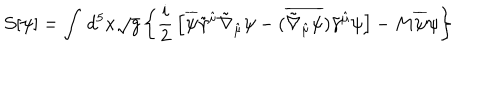
{ \cal S } [ \psi ] = \int \, d ^ { 5 } x \sqrt { g } \left\{ \frac { i } { 2 } \, \left[ \overline { { { \psi } } } \tilde { \gamma } ^ { \hat { \mu } } \tilde { \nabla } _ { \hat { \mu } } \psi - ( \overline { { { \tilde { \nabla } _ { \hat { \mu } } \psi } } } ) \tilde { \gamma } ^ { \hat { \mu } } \psi \right] - M \overline { { { \psi } } } \psi \right\}